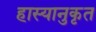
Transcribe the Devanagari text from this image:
हास्यानुकृत